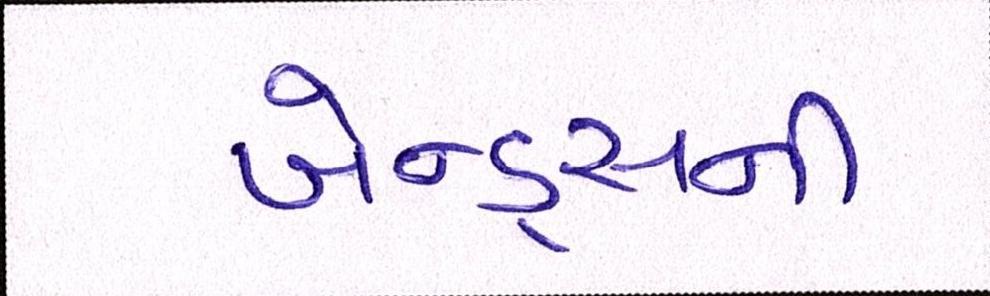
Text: બેન્ડ્સની